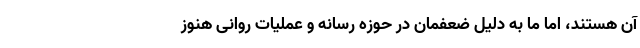
آن هستند، اما ما به دلیل ضعفمان در حوزه رسانه و عملیات روانی هنوز